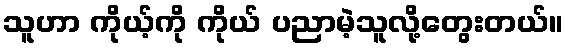
သူဟာ ကိုယ့်ကို ကိုယ် ပညာမဲ့သူလို့တွေးတယ်။